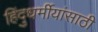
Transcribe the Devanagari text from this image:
हिंदुधर्मीयांसाठी